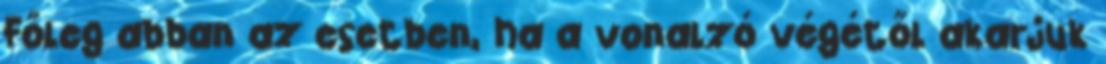
Főleg abban az esetben, ha a vonalzó végétől akarjuk